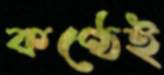
কণ্ঠেই